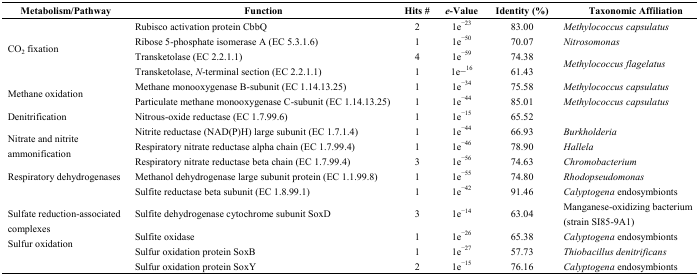
<table><thead><tr><td><b>Metabolism/Pathway</b></td><td><b>Function</b></td><td><b>Hits #</b></td><td><b><i>e</i>-Value</b></td><td><b>Identity (%)</b></td><td><b>Taxonomic Affiliation</b></td></tr></thead><tbody><tr><td rowspan="4">CO<sub>2</sub> fixation</td><td>Rubisco activation protein CbbQ</td><td>2</td><td>1e<sup>−23</sup></td><td>83.00</td><td><i>Methylococcus capsulatus</i></td></tr><tr><td>Ribose 5-phosphate isomerase A (EC 5.3.1.6)</td><td>1</td><td>1e<sup>−50</sup></td><td>70.07</td><td><i>Nitrosomonas</i></td></tr><tr><td>Transketolase (EC 2.2.1.1)</td><td>4</td><td>1e<sup>−59</sup></td><td>74.38</td><td rowspan="2"><i>Methylococcus flagelatus</i></td></tr><tr><td>Transketolase, <i>N</i>-terminal section (EC 2.2.1.1)</td><td>1</td><td>1e−<sup>16</sup></td><td>61.43</td></tr><tr><td rowspan="2">Methane oxidation</td><td>Methane monooxygenase B-subunit (EC 1.14.13.25)</td><td>1</td><td>1e<sup>−34</sup></td><td>75.58</td><td><i>Methylococcus capsulatus</i></td></tr><tr><td>Particulate methane monooxygenase C-subunit (EC 1.14.13.25)</td><td>1</td><td>1e<sup>−44</sup></td><td>85.01</td><td><i>Methylococcus capsulatus</i></td></tr><tr><td>Denitrification</td><td>Nitrous-oxide reductase (EC 1.7.99.6)</td><td>1</td><td>1e<sup>−15</sup></td><td>65.52</td><td></td></tr><tr><td rowspan="3">Nitrate and nitrite ammonification</td><td>Nitrite reductase (NAD(P)H) large subunit (EC 1.7.1.4)</td><td>1</td><td>1e<sup>−44</sup></td><td>66.93</td><td><i>Burkholderia</i></td></tr><tr><td>Respiratory nitrate reductase alpha chain (EC 1.7.99.4)</td><td>1</td><td>1e<sup>−46</sup></td><td>78.90</td><td><i>Hallela</i></td></tr><tr><td>Respiratory nitrate reductase beta chain (EC 1.7.99.4)</td><td>3</td><td>1e<sup>−56</sup></td><td>74.63</td><td><i>Chromobacterium</i></td></tr><tr><td>Respiratory dehydrogenases </td><td>Methanol dehydrogenase large subunit protein (EC 1.1.99.8)</td><td>1</td><td>1e<sup>−55</sup></td><td>74.80</td><td><i>Rhodopseudomonas</i></td></tr><tr><td rowspan="5">Sulfate reduction-associated complexesSulfur oxidation</td><td>Sulfite reductase beta subunit (EC 1.8.99.1)</td><td>1</td><td>1e<sup>−42</sup></td><td>91.46</td><td><i>Calyptogena</i> endosymbionts</td></tr><tr><td>Sulfite dehydrogenase cytochrome subunit SoxD</td><td>3</td><td>1e<sup>−14</sup></td><td>63.04</td><td>Manganese-oxidizing bacterium (strain SI85-9A1)</td></tr><tr><td>Sulfite oxidase</td><td>1</td><td>1e<sup>−26</sup></td><td>65.38</td><td><i>Calyptogena</i> endosymbionts</td></tr><tr><td>Sulfur oxidation protein SoxB</td><td>1</td><td>1e<sup>−27</sup></td><td>57.73</td><td><i>Thiobacillus denitrificans</i></td></tr><tr><td>Sulfur oxidation protein SoxY</td><td>2</td><td>1e<sup>−15</sup></td><td>76.16</td><td><i>Calyptogena</i> endosymbionts</td></tr></tbody></table>